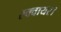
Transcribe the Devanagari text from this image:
स्क्वायर।